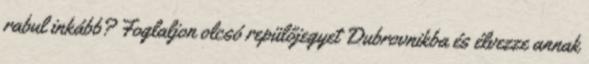
rabul inkább? Foglaljon olcsó repülőjegyet Dubrovnikba és élvezze annak